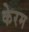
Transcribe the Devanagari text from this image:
केरम